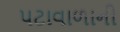
પટાવાળાની